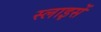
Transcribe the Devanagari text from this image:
स्लाइसें